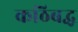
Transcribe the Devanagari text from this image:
कठिबद्ध